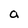
Character: a